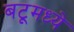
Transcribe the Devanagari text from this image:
बटूमध्ये